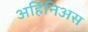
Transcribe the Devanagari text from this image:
अर्हिनिअस